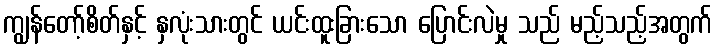
ကျွန်တော့်စိတ်နှင့် နှလုံးသားတွင် ယင်းထူးခြားသော ပြောင်းလဲမှု သည် မည့်သည့်အတွက်